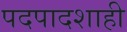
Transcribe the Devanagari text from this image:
पदपादशाही